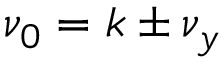
\nu _ { 0 } = k \pm \nu _ { y }